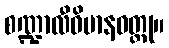
စဏ္ဍာလီဝိမာနဝတ္ထု။